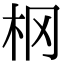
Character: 㭎